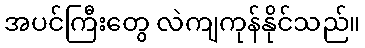
အပင်ကြီးတွေ လဲကျကုန်နိုင်သည်။